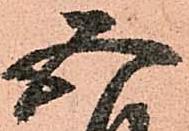
五